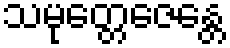
သမုတ္တေဇေန္တေ